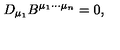
D _ { \mu _ { 1 } } B ^ { \mu _ { 1 } \cdots \mu _ { n } } = 0 ,